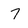
Character: 7